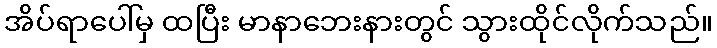
အိပ်ရာပေါ်မှ ထပြီး မာနာဘေးနားတွင် သွားထိုင်လိုက်သည်။